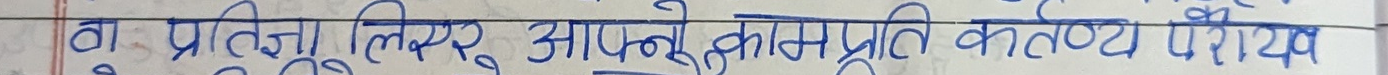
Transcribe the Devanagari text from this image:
वा प्रतिज्ञा लिएर आफ्नो काम प्रति कर्तव्य परायण